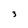
Character: 3